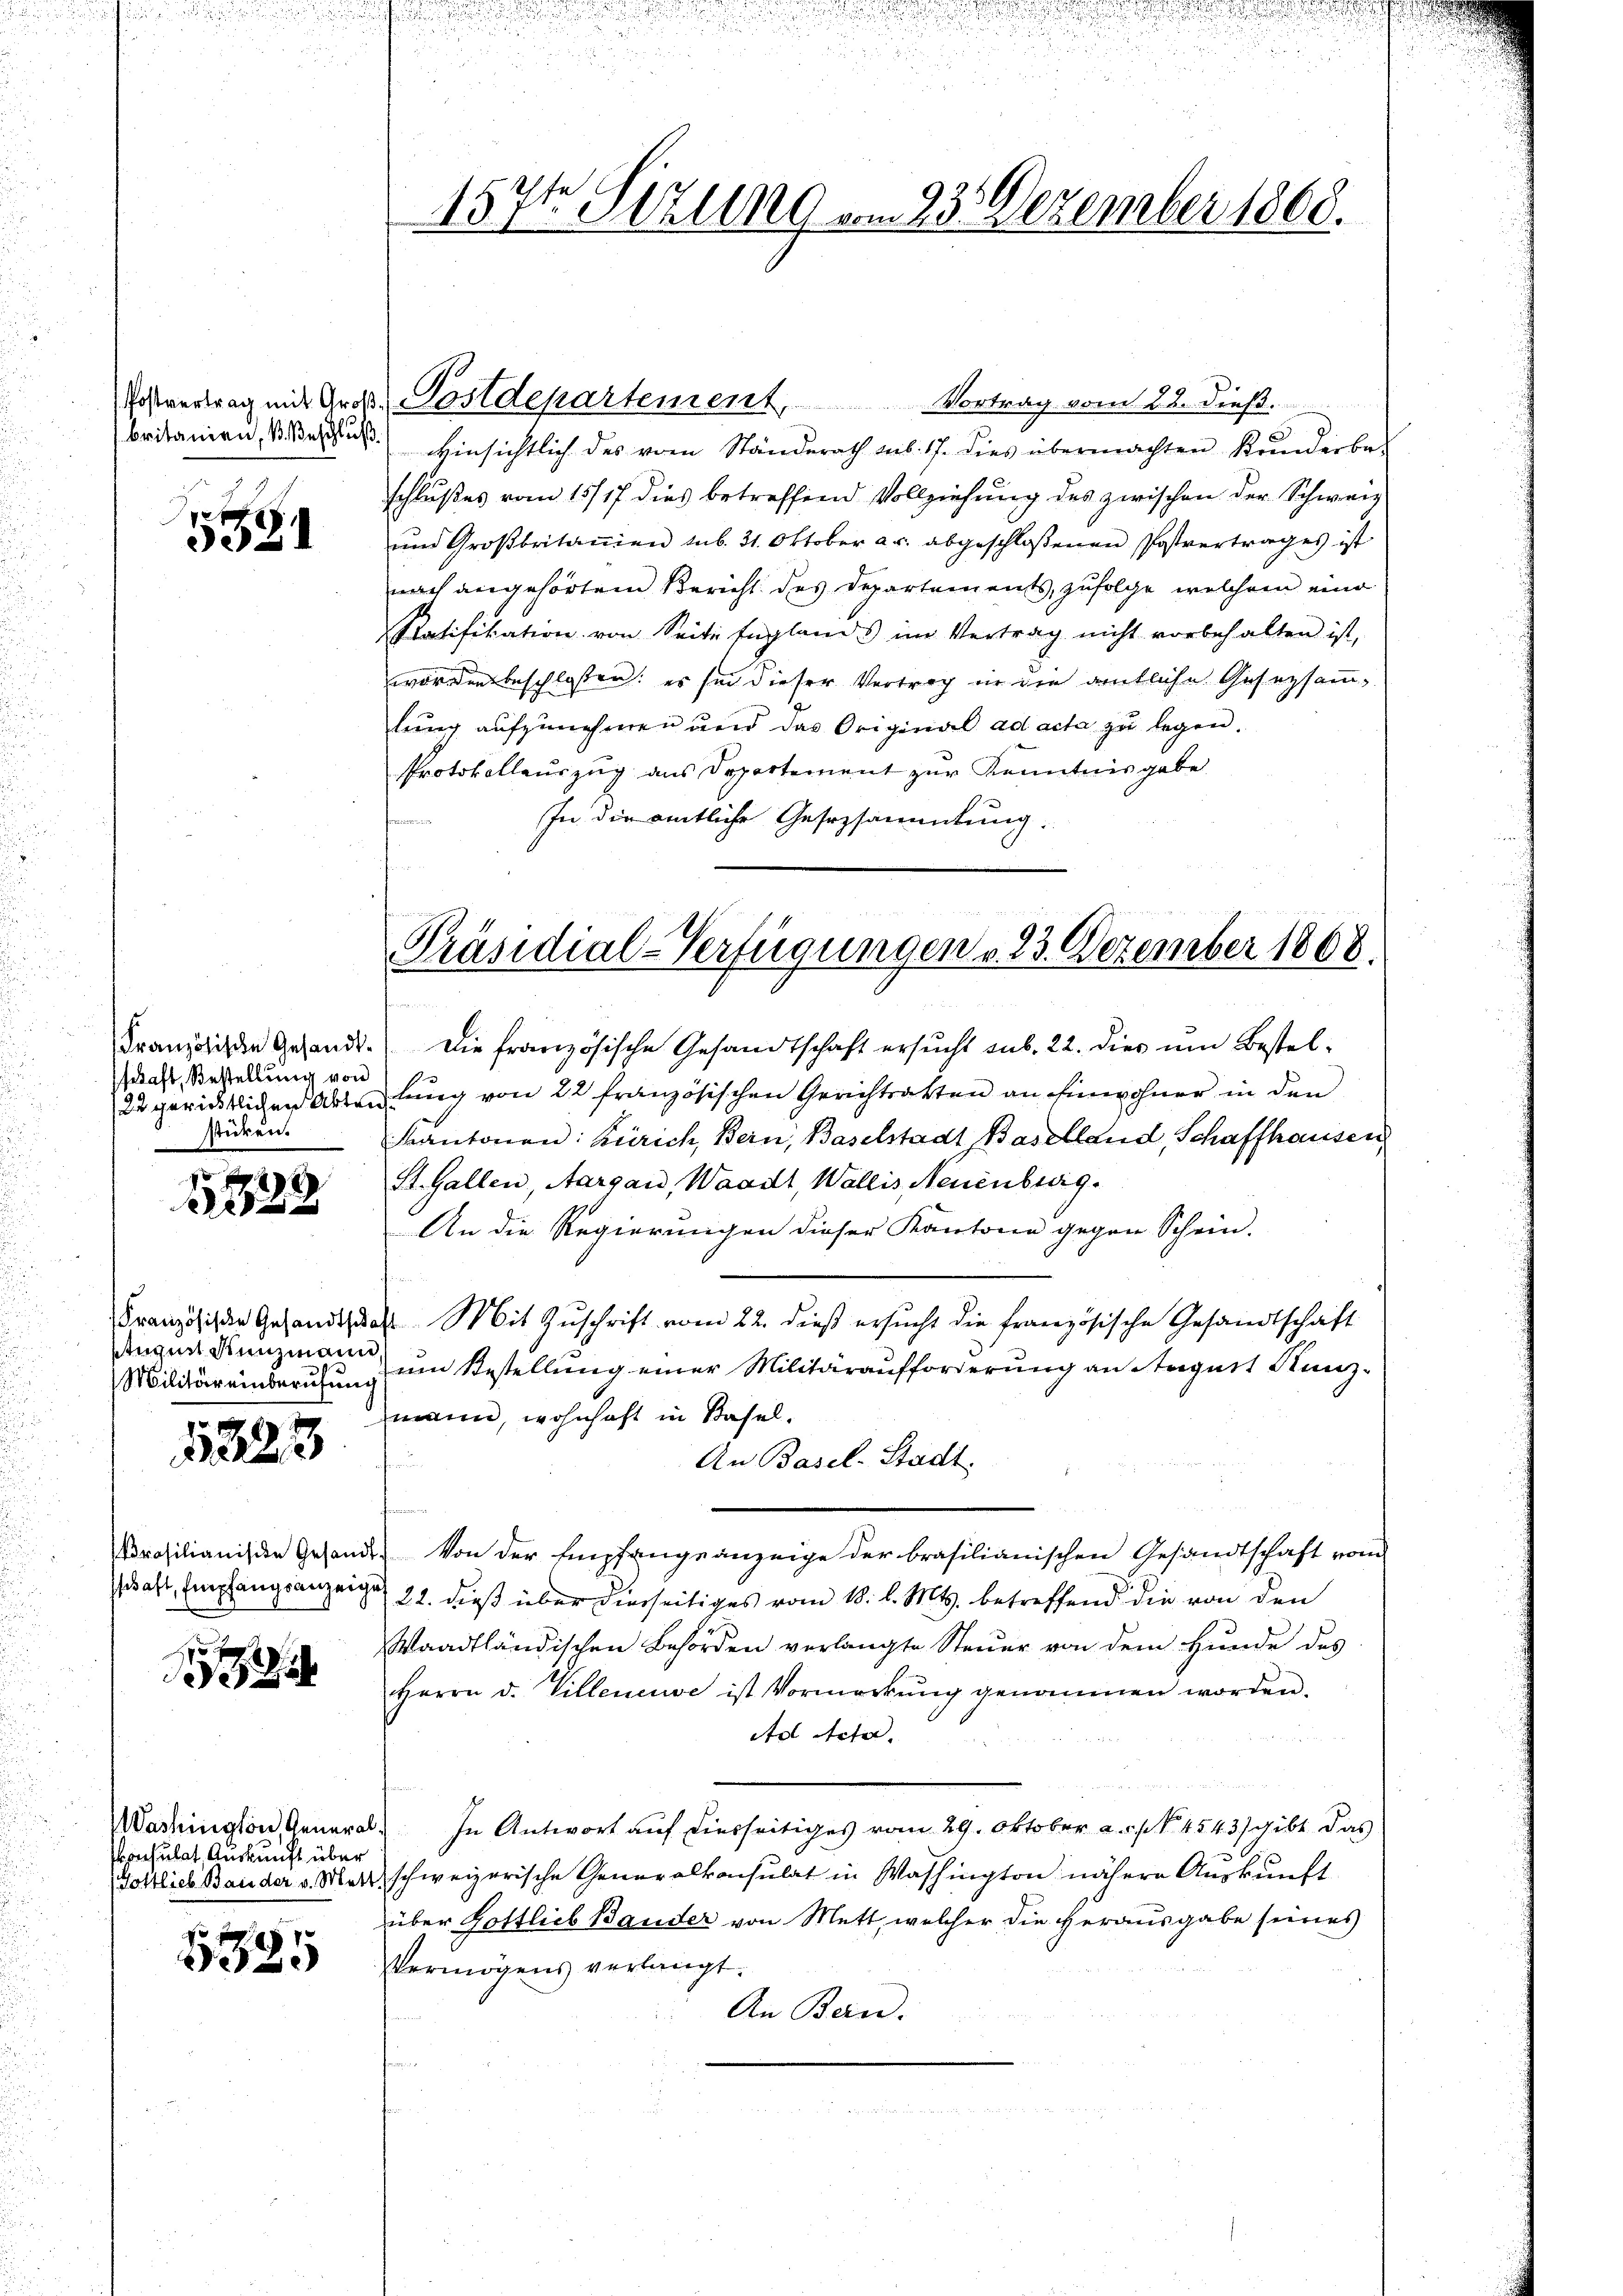
britanien, 1. Beschluß

5381

Französische Gesandtschaft, Bestellung von
22 gerichtlichen Akten
stüken.

¬
e

Französische Gesandtscha
tuus Kunzmann
Militär einberufung

1223

Prasilianisite Gesandt
schaft, Empfangsanzeiche

1

Washington General¬
Popsulat Auskunft über
(Gottlieb Bau der v. Mett

1385

1574 Stzung vom 23. Dezember 1868.

Postvertrag mit Große Postdepartement, Vortrag vom 22. dieß.
Hinsichtlich des vom Ständerath sub. 17. dies übermachten Keinderbe-
schlußes vom 15/17 dies betreffend Vollziehung des zwischen der Schwei¬
und Großbritanien sub. 31. Oktober a. c. abgeschloßenen Postvertrages ist
nach angehörtem Bericht des Departements, zufolge welchem eine
Ratifikation von Seite Englands im Vertrag nicht vorbehalten ist,
worden beschlossen: es sei dieser Vertrag in die amtliche Gesetzsammlung aufzunehmen und das Original ad acta zu legen.
Protokollauszug aus Departement zur Kenntnisgabe
In die amtliche Gesezsammlung.

Präsidial-Verfügungen v. 23. Dezember 1868.

Die Französische Gesandtschaft ersucht sub. 22. dies um Bestellung von 22 französischen Gerichtsakten an Einwohner in den
kantonen: Zürich, Bern, Baselstadt Baselland, Schaffhausen
St. Gallen, Aargau, Waadt, Wallis, Neuenburg.
An die Regierungen dieser Kantone gegen Schein-
2 Mit Zuschrift vom 22. dieß ersucht die französische Gesandtschaft
um Bestellung einer Militäraufforderung an August Hunz-
mann, wohnhaft in Basel.
An Basel-Stadt.
ferun
Von der Empfangsanzeige der brasilianischen Gesandtschaft vom
22. dieß über diesseitiges vom 18. d. Mts. betreffend die von den
Waadtländischen Behörden verlangte Steuer von dem Hunde des
Herrn d. Villeneuve ist Vormerkŭng genommen worden.
Ad Acten.
In Antwort auf diesseitiges vom 29. Oktober a. f. 4543) gibt das
schweizerische Generalkonsulat in Washington nähere Auskunft
über Gottlieb Bauder von Mett, welcher die Herausgabe seines
Vermögens verlangt.
An Bern.

d

.